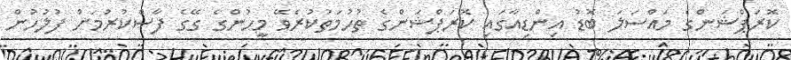
ކޮރަޕްޝަންގެ މައްސަލަ ބޮޑު އިންޑިއާގައި ކޮރަޕްޝަންގެ ތުހުމަތުކުރެވޭ މީހުންގެ ގޭގެ ފާސްކުރުމަށް ފުލުހުން